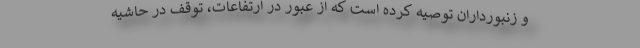
و زنبورداران توصیه کرده است که از عبور در ارتفاعات، توقف در حاشیه